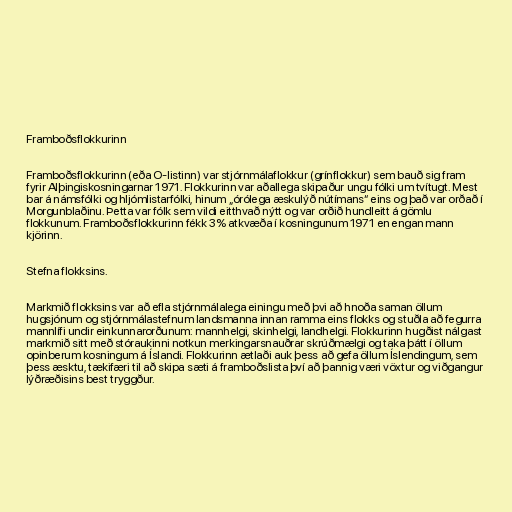
Framboðsflokkurinn

Framboðsflokkurinn (eða O-listinn) var stjórnmálaflokkur (grínflokkur) sem bauð sig fram
fyrir Alþingiskosningarnar 1971. Flokkurinn var aðallega skipaður ungu fólki um tvítugt. Mest
bar á námsfólki og hljómlistarfólki, hinum „órólega æskulýð nútímans“ eins og það var orðað í
Morgunblaðinu. Þetta var fólk sem vildi eitthvað nýtt og var orðið hundleitt á gömlu
flokkunum. Framboðsflokkurinn fékk 3% atkvæða í kosningunum 1971 en engan mann
kjörinn.

Stefna flokksins.

Markmið flokksins var að efla stjórnmálalega einingu með þvi að hnoða saman öllum
hugsjónum og stjórnmálastefnum landsmanna innan ramma eins flokks og stuðla að fegurra
mannlífi undir einkunnarorðunum: mannhelgi, skinhelgi, landhelgi. Flokkurinn hugðist nálgast
markmið sitt með stóraukinni notkun merkingarsnauðrar skrúðmælgi og taka þátt í öllum
opinberum kosningum á Íslandi. Flokkurinn ætlaði auk þess að gefa öllum Íslendingum, sem
þess æsktu, tækifæri til að skipa sæti á framboðslista því að þannig væri vöxtur og viðgangur
lýðræðisins best tryggður.